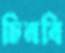
চিনবি